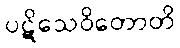
ပဋိသေဝိတောတိ